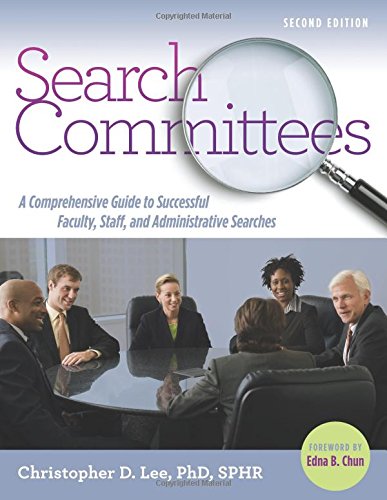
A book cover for Search Committees: A Comprehensive Guide to Successful Faculty, Staff, and Administrative Searches; Christopher D. Lee; Education & Teaching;